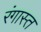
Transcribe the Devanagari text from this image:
रंगास्त